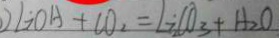
) L i O A + C O _ { 2 } = L i _ { 2 } C O _ { 3 } + H _ { 2 } O